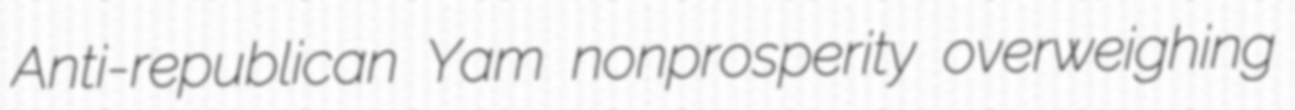
Anti-republican Yam nonprosperity overweighing